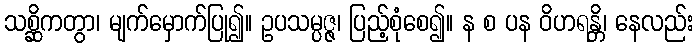
သစ္ဆိကတွာ၊ မျက်မှောက်ပြု၍။ ဥပသမ္ပဇ္ဇ၊ ပြည့်စုံစေ၍။ န စ ပန ဝိဟရန္တိ၊ နေလည်း